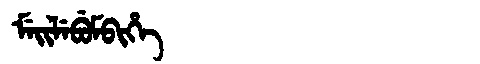
Manchu: ᠮᡝᡳᠯᡝᠪᡠᠮᠪᡳᡥᡝ
Romanization: MEILEBUMBIHE